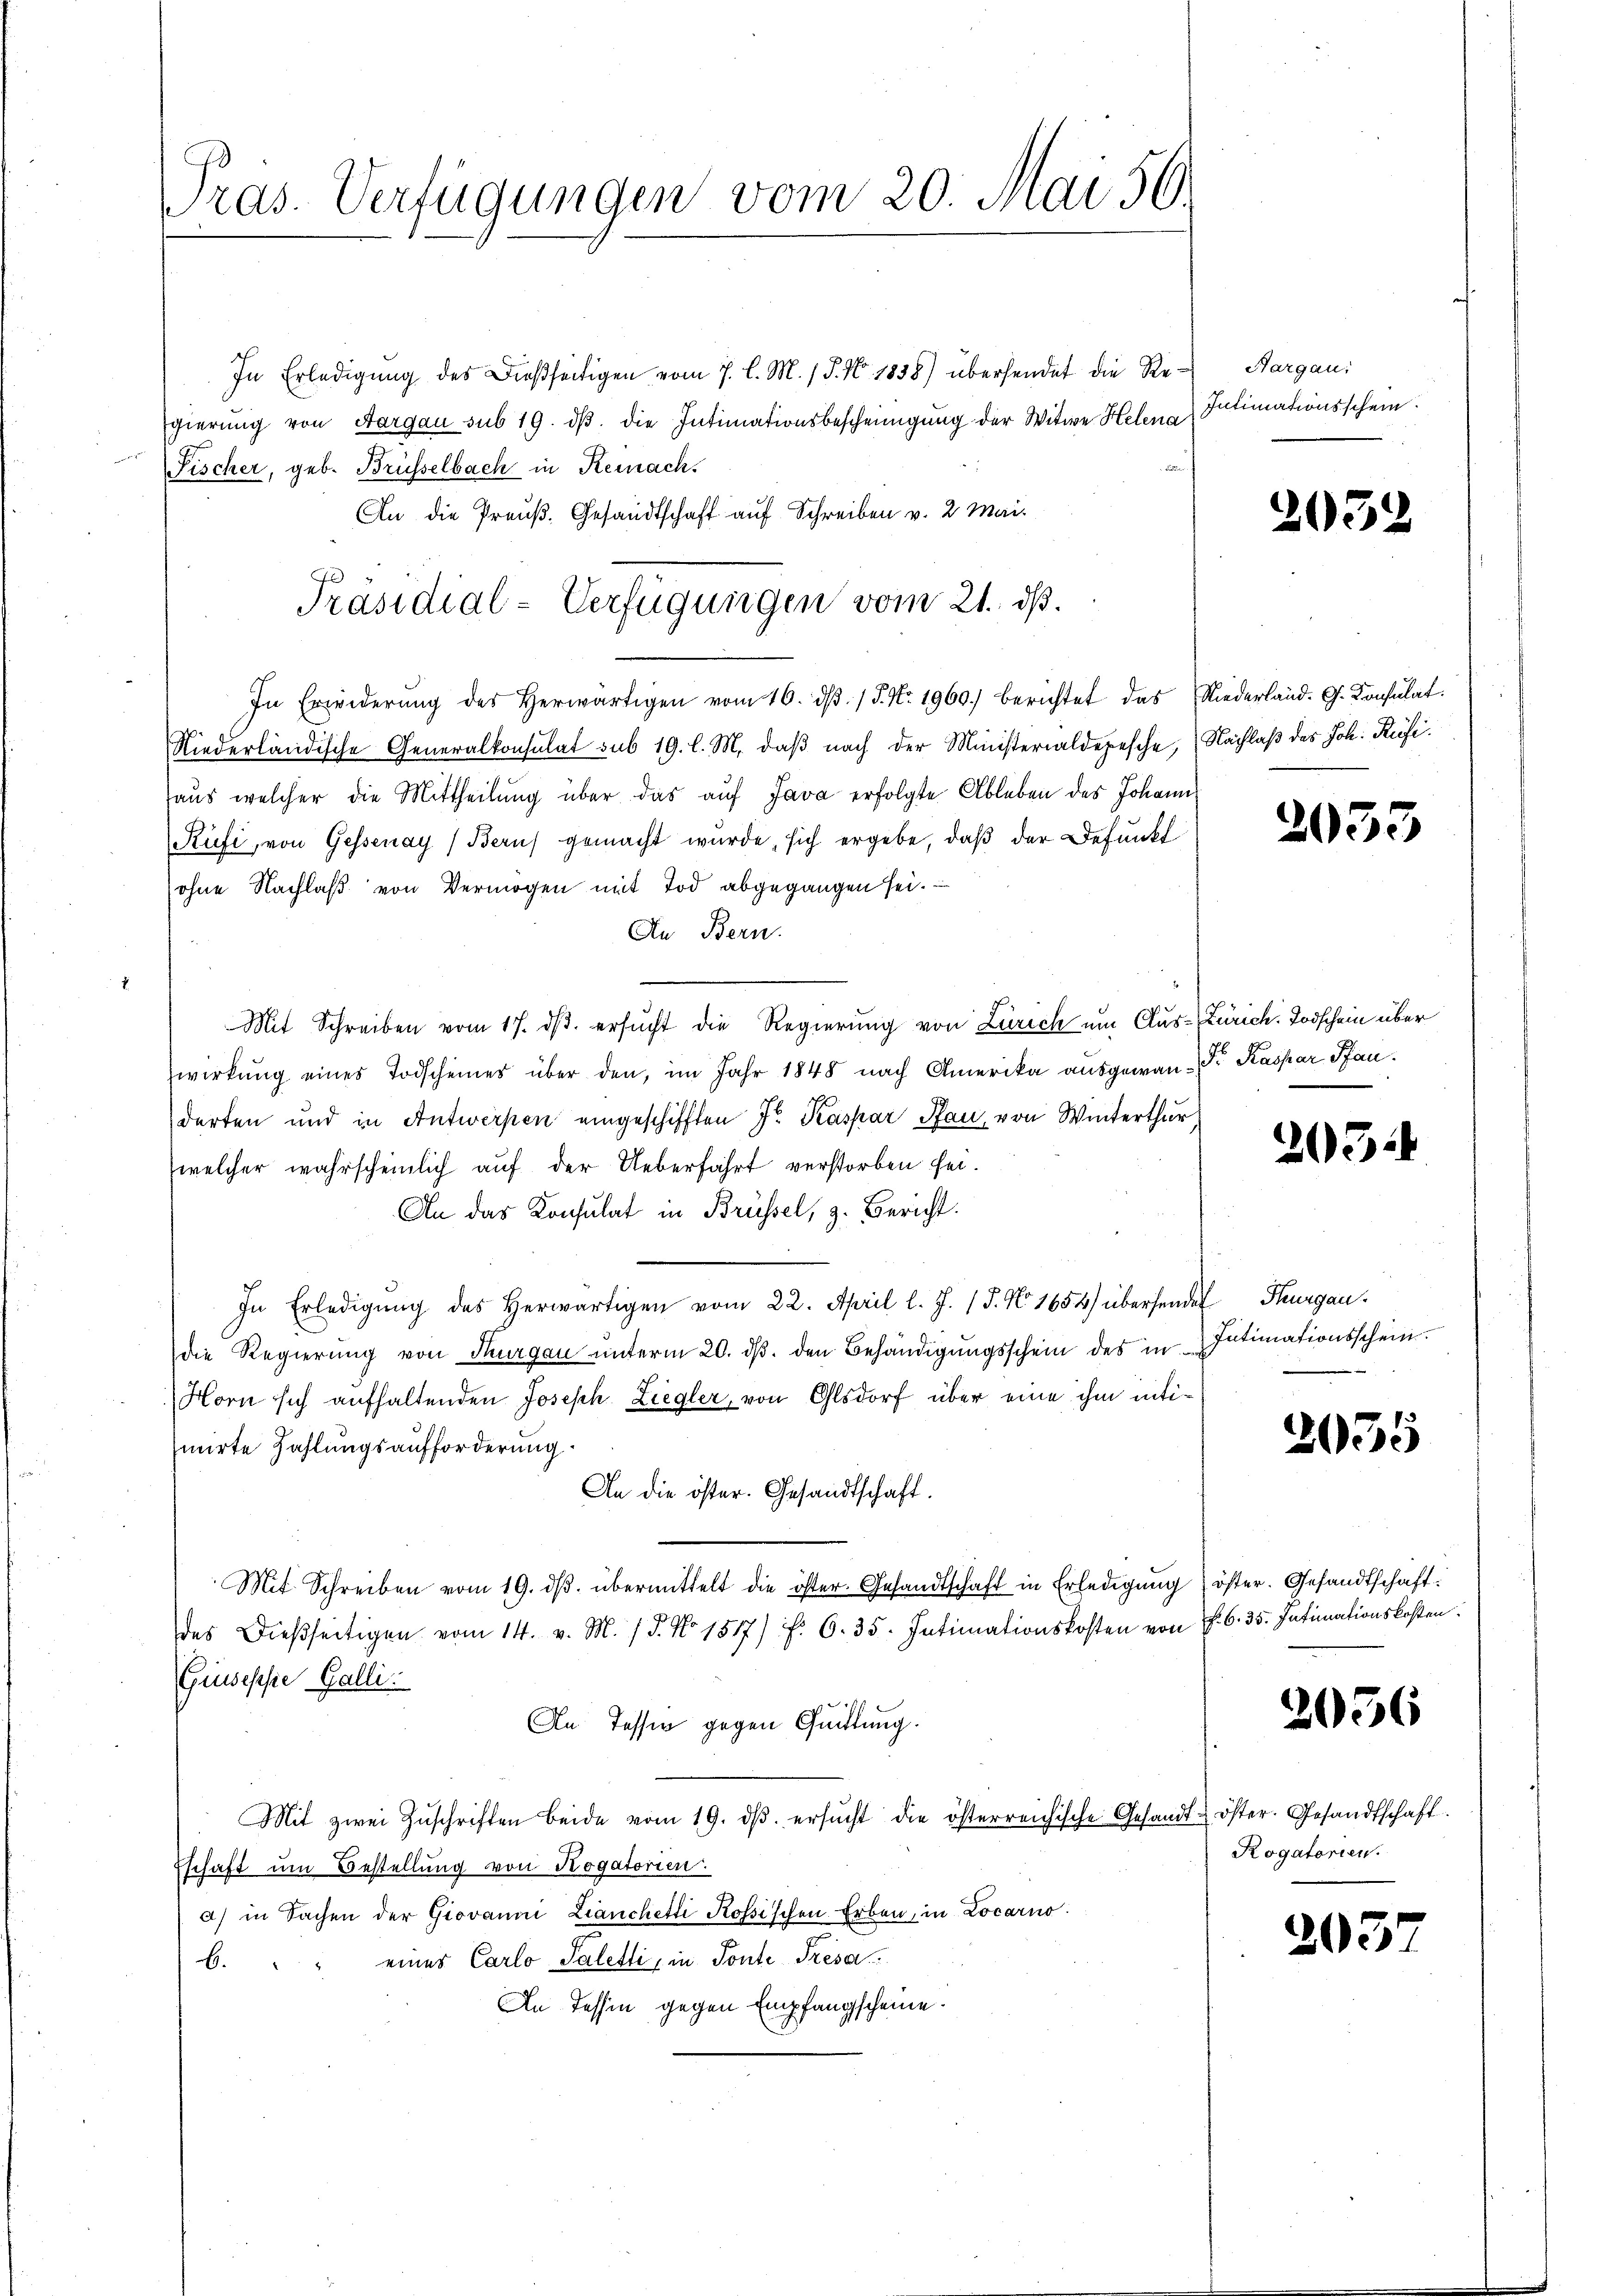
Pras. Verfügungen vom 20. Mai 56.

In Erledigung des dießseitigen vom 7. l. M. / P. Nr. 1858) übersendet die Regierung von Aargau sub 19. dβ die Intimationsbescheinigung der Witwe Helena Filimationsschein.
Fischer, geb. Brüsselbach in Kemnach.
An die Preuß. Gesandtschaft auf Schreiben v. 2 Mai
Niederländische Generalkonsulat sub 19. l. M. daβ nach der Ministerialdepesche, Nachlaß des Joh. Rüfihaus welcher die Mittheilŭng über das auf Java erfolgte Ableben des Johann
Rüfi, von Gessenay (Beruf gemacht wurde, sich ergebe, daß der Befunkt
ohne Nachlaß von Vermögen mit Tod abgegangen sei.
An Bern.
Mit Schreiben vom 17. dβ ersucht die Regierung von Zürich um Aus-Zürich. Todschein über
wirkung eines Todscheines über den, im Jahr 1848 nach Amerika ausgewan-Dr. Kaspar Pfanderten und in Antwerpen eingeschifften Jr. Kaspar Pfan, von Winterthur
welcher wahrscheinlich auf der Ueberfahrt verstorben sei.
An das Konsulat in Brüssel, z. Bericht.
In Erledigŭng des herwärtigen vom 22. April l. J. (T. No. 1654) übersendet Thurgau.
die Regierung von Thurgau unterm 20. dβ. den Behändigŭngsschein des in Intimationsschein.
Horn sich aufhaltenden Joseph Ziegler, von Olsdorf über eine ihm intimirte Zahlungsaufforderung.
An die öster. Gesandtschaft.
Mit Schreiben vom 19. dβ übermittelt die öster. Gesandtschaft in Erledigŭng öster. Gesandtschaft:
des dießseitigen vom 14. v. M. / 5. No. 1517) f. 6. 35. Intimationskosten von f. 6. 35. Intimationskosten.
Giusepsie Galli
An Tessin gegen Quittung.
Mit zwei Zŭschriften beide vom 19. dβ. ersŭcht die österreichische Gesandt öster. Gesandtschaft.
schaft um Bestellung von Rogatorien.
a) in Sachen der Giovanni Lianchetti Rossischen Erben, in Locarno.
b. " " einer Carlo Paletti, in Ponte Tresa
An Tessin gegen Empfangscheine.

Präsidial-Verfügungen vom 21. dß.
In Erwiderŭng des herwärtigen vom 16. dβ. / 5. No. 1960.) berichtet das Niederland. G. Konsulat

Aargau:

2032

2055

2052

2035

2056

Rogatorien.

2057